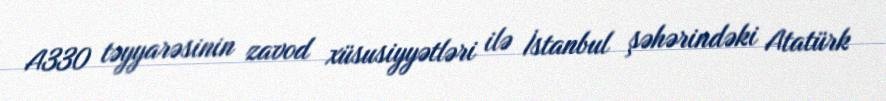
A330 təyyarəsinin zavod xüsusiyyətləri ilə İstanbul şəhərindəki Atatürk